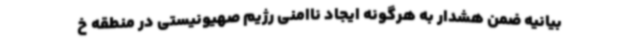
بیانیه ضمن هشدار به هرگونه ایجاد ناامنی رژیم صهیونیستی در منطقه خ